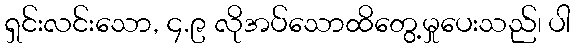
ရှင်းလင်းသော, ၄.၉ လိုအပ်သောထိတွေ့မှုပေးသည်၊ ပါ